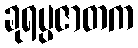
ခုရပ္ပဇာတက